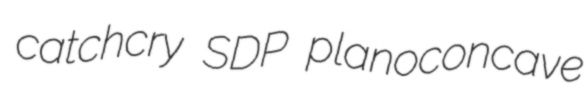
catchcry SDP planoconcave